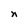
Character: n